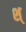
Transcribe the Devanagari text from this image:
श्‌